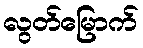
လွတ်မြောက်